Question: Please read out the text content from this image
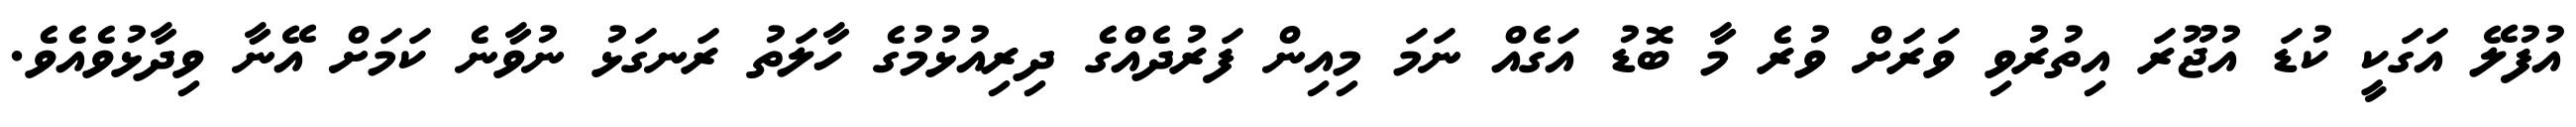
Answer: އުފުލޭ އަގަކީ ކުޑަ އުޖޫރަ އިތުރުވި ވަރަށް ވުރެ މާ ބޮޑު އަގެއް ނަމަ މިއިން ފަރުދެއްގެ ދިރިއުޅުމުގެ ހާލަތު ރަނގަޅު ނުވާނެ ކަމަށް އޭނާ ވިދާޅުވެއެވެ.